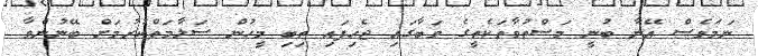
ނަމަވެސް އޭނާ ބުނީ މަސްތުވާތަކެތީގެ ވަބާގައި ޖެހިފައި ތިބި މީހުން ސަލާމަތްކުރުމަށް ބޭނުންވާ